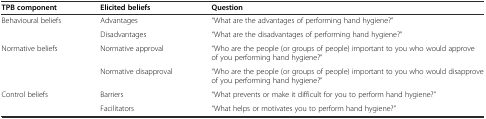
| TPB component | Elicited beliefs | Question |
 | --- | --- | --- |
 | Behavioural beliefs | Advantages | “What are the advantages of performing hand hygiene?” |
 |  | Disadvantages | “What are the disadvantages of performing hand hygiene?” |
 | Normative beliefs | Normative approval | “Who are the people (or groups of people) important to you who would approve of you performing hand hygiene?” |
 |  | Normative disapproval | “Who are the people (or groups of people) important to you who would disapprove of you performing hand hygiene?” |
 | Control beliefs | Barriers | “What prevents or make it difficult for you to perform hand hygiene?” |
 |  | Facilitators | “What helps or motivates you to perform hand hygiene?” |